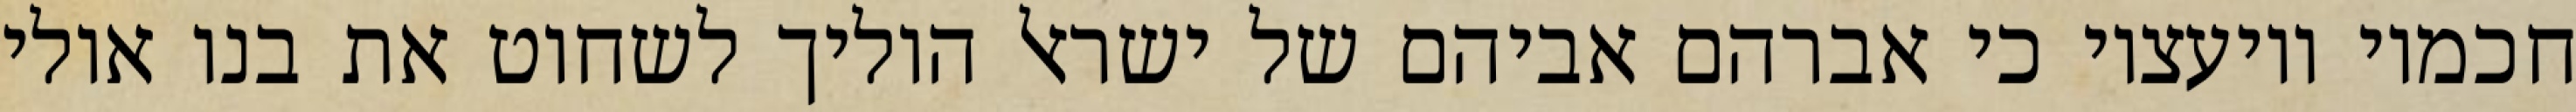
חכמיו ויועציו כי אברהם אביהם של ישראל הוליך לשחוט את בנו אולי